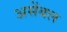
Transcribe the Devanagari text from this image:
असेंबल